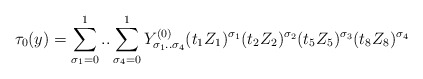
\begin{align*}\tau _{0}(y)=\sum_{\sigma _{1}=0}^{1}..\sum_{\sigma _{4}=0}^{1}Y_{\sigma_{1}..\sigma _{4}}^{(0)}(t_{1}Z_{1})^{\sigma _{1}}(t_{2}Z_{2})^{\sigma_{2}}(t_{5}Z_{5})^{\sigma _{3}}(t_{8}Z_{8})^{\sigma _{4}}\end{align*}